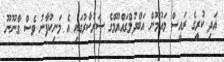
އަދި ކުރީގެ ރައީސް މައުމޫން އަބްދުލްގައްޔޫމްގެ ސަރުކާރުގައި އެ މަނިކުފާނު ވެސް ގާނޫނޫ